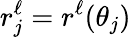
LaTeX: r_{j}^{\ell}=r^{\ell}(\theta_{j})